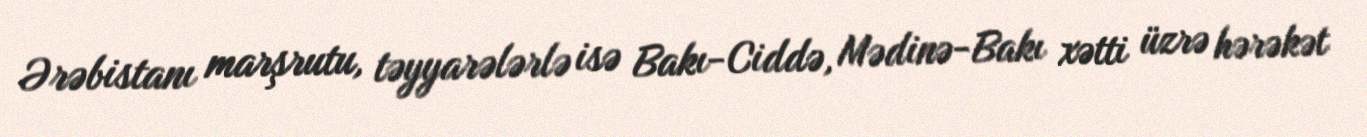
Ərəbistanı marşrutu, təyyarələrlə isə Bakı-Ciddə, Mədinə-Bakı xətti üzrə hərəkət